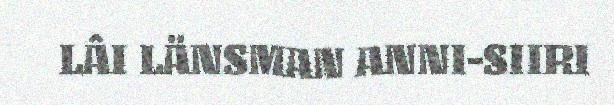
LÂI LÄNSMAN ANNI-SIIRI